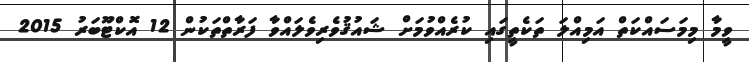
ވީމާ މިމަސައްކަތް އަމިއްލަ ތަކެތީގައި ކުރެއްވުމަށް ޝައުޤުވެރިވެލައްވާ ފަރާތްތަކުން 12 އޮކްޓޫބަރު 2015